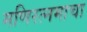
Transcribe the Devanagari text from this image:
मणिरत्नमाचा